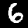
Label: 6